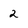
Character: 2